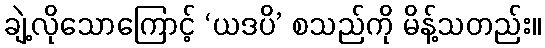
ချဲ့လိုသောကြောင့် ‘ယဒပိ’ စသည်ကို မိန့်သတည်း။